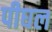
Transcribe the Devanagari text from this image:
पीघल